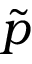
\tilde { p }